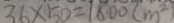
3 6 \times 5 0 = 1 8 0 0 ( m ^ { 2 } )